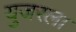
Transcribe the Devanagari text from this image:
युजरला